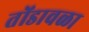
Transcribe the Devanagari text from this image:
तोंडावळा